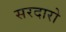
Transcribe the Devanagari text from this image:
सरदारो